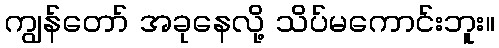
ကျွန်တော် အခုနေလို့ သိပ်မကောင်းဘူး။